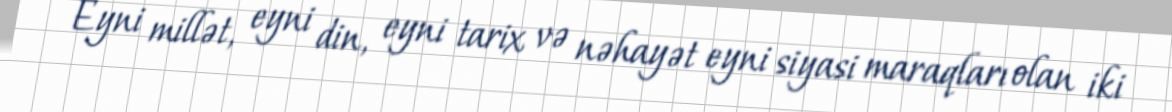
Eyni millət, eyni din, eyni tarix və nəhayət eyni siyasi maraqları olan iki